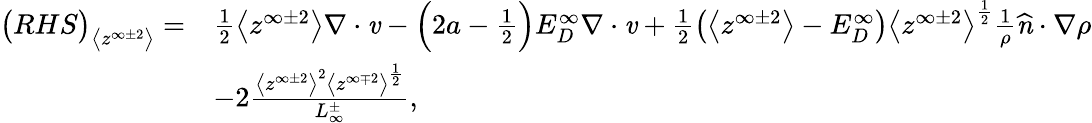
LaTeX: \begin{array}{rl}{\big(RHS\big)_{\big<z^{\infty\pm 2}\big>}=}&{\frac{1}{2}\big<z^{\infty\pm 2}\big>\mathbf{\nabla}\cdot\textbf{\emph{v}}-\Big(2a-\frac{1}{2}\Big)E_{D}^{\infty}\mathbf{\nabla}\cdot\textbf{\emph{v}}+\frac{1}{2}\big(\big<z^{\infty\pm 2}\big>-E_{D}^{\infty}\big)\big<z^{\infty\pm 2}\big>^{\frac{1}{2}}\frac{1}{\rho}\textbf{\emph{\^ n}}\cdot\mathbf{\nabla}\rho}\\ &{-2\frac{\big<z^{\infty\pm 2}\big>^{2}\big<z^{\infty\mp 2}\big>^{\frac{1}{2}}}{L_{\infty}^{\pm}},}\end{array}